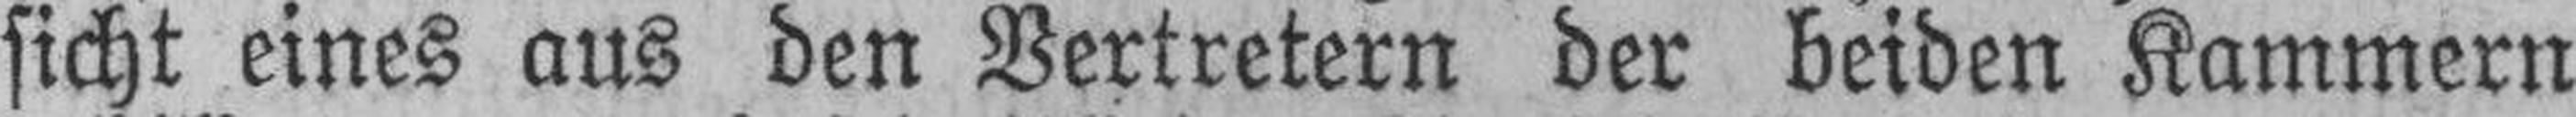
sicht eines aus den Vertretern der beiden Kammern